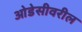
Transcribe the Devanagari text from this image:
ओडेसीवरील